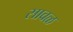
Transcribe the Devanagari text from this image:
सावळ